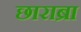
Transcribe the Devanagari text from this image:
छाराब्रा